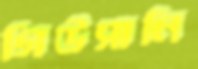
গিউসানি